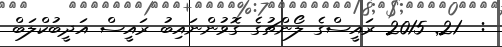
:  21